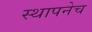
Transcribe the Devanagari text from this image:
स्थापनेच